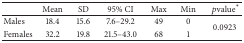
<table><thead><tr><td><b> </b></td><td><b>Mean</b></td><td><b>SD</b></td><td><b>95% CI</b></td><td><b>Max</b></td><td><b>Min</b></td><td><b> <i>p</i>value<sup><i>∗</i></sup></b></td></tr></thead><tbody><tr><td>Males</td><td>18.4</td><td>15.6</td><td>7.6–29.2</td><td>49</td><td>0</td><td rowspan="2">0.0923</td></tr><tr><td>Females</td><td>32.2</td><td>19.8</td><td>21.5–43.0</td><td>68</td><td>1</td></tr></tbody></table>